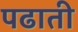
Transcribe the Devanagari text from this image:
पढाती